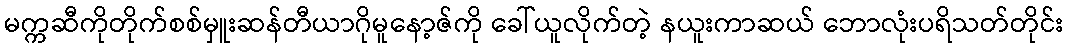
မက္ကဆီကိုတိုက်စစ်မှူးဆန်တီယာဂိုမူနော့ဇ်ကို ခေါ်ယူလိုက်တဲ့ နယူးကာဆယ် ဘောလုံးပရိသတ်တိုင်း